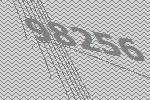
98256